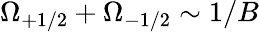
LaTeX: \Omega_{+1/2}+\Omega_{-1/2}\sim 1/B